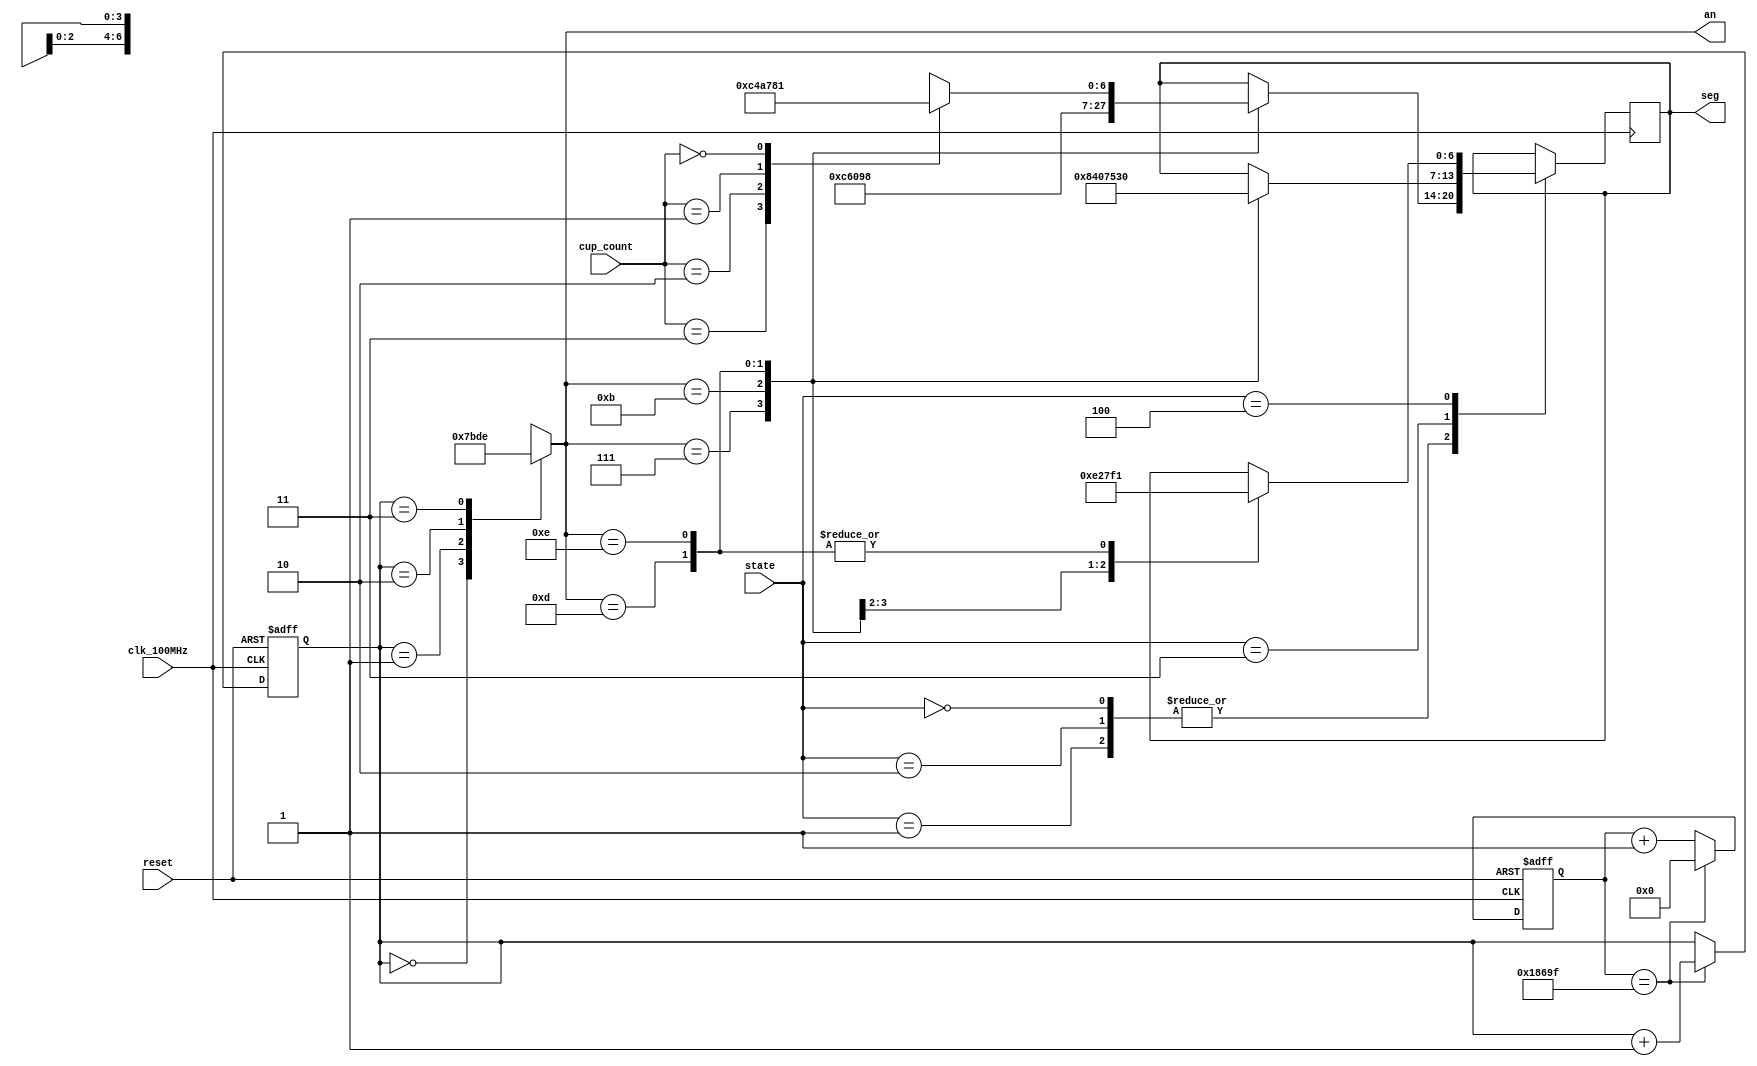
`timescale 1ns / 1ps

module seg7_control(
    input clk_100MHz,       // BASYS 3 clock
    input reset,            // btnC
    input [1:0] cup_count,  // From top
    input [2:0] state,  // From top
    output reg [0:6] seg,       // BASYS 3 cathodes
    output reg [3:0] an         // BASYS 3 anodes
    );
    
    reg [1:0] anode_select;
    reg [16:0] anode_timer;
    
    always @(posedge clk_100MHz or posedge reset) begin
        if(reset) begin
            anode_select <= 0;
            anode_timer <= 0; 
        end
        else
            if(anode_timer == 99_999) begin
                anode_timer <= 0;
                anode_select <=  anode_select + 1;
            end
            else
                anode_timer <=  anode_timer + 1;
    end
    
    always @(anode_select) begin
        case(anode_select) 
            2'b00 : an = 4'b0111;
            2'b01 : an = 4'b1011;
            2'b10 : an = 4'b1101;
            2'b11 : an = 4'b1110;
        endcase
    end
    
    always @(posedge clk_100MHz) begin
        case(state)
            3'b000 : begin   // Idle state
                      case(an)
                          4'b0111 : seg = 7'b011_0001;
                          4'b1011 : seg = 7'b100_0001;
                          4'b1101 : seg = 7'b001_1000;
                          4'b1110 : begin
                                      case(cup_count)
                                          3 : seg = 7'b000_0110;
                                          2 : seg = 7'b001_0010;
                                          1 : seg = 7'b100_1111;
                                          0 : seg = 7'b000_0001;
                                      endcase
                                  end
                      endcase
                    end
                    
            3'b001 : begin   // Ready state
                      case(an)
                          4'b0111 : seg = 7'b011_0001;
                          4'b1011 : seg = 7'b100_0001;
                          4'b1101 : seg = 7'b001_1000;
                          4'b1110 : begin
                                      case(cup_count)
                                          3 : seg = 7'b000_0110;
                                          2 : seg = 7'b001_0010;
                                          1 : seg = 7'b100_1111;
                                          0 : seg = 7'b000_0001;
                                      endcase
                                  end
                      endcase
                    end
            
            3'b010 : begin   // Making coffee state
                      case(an)
                          4'b0111 : seg = 7'b011_0001;
                          4'b1011 : seg = 7'b100_0001;
                          4'b1101 : seg = 7'b001_1000;
                          4'b1110 : begin
                                      case(cup_count)
                                          3 : seg = 7'b000_0110;
                                          2 : seg = 7'b001_0010;
                                          1 : seg = 7'b100_1111;
                                          0 : seg = 7'b000_0001;
                                      endcase
                                  end
                      endcase
                    end
                    
            3'b011 : begin   // Coffee done state
                      case(an)
                          4'b0111 : seg = 7'b100_0010;
                          4'b1011 : seg = 7'b000_0001;
                          4'b1101 : seg = 7'b110_1010;
                          4'b1110 : seg = 7'b011_0000;
                      endcase
                    end
                    
            3'b100 : begin   // Need water state
                      case(an)
                          4'b0111 : seg = 7'b011_1000;
                          4'b1011 : seg = 7'b100_1111;
                          4'b1101 : seg = 7'b111_0001;
                          4'b1110 : seg = 7'b111_0001;
                      endcase
                    end
        endcase
    end
    
endmodule